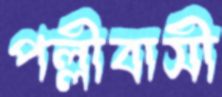
পল্লীবাসী